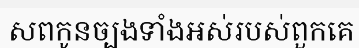
សពកូនច្បងទាំងអស់របស់ពួកគេ